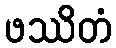
ဖဿိတံ